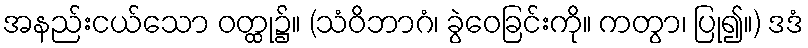
အနည်းငယ်သော ဝတ္ထု၌။ (သံဝိဘာဂံ၊ ခွဲဝေခြင်းကို။ ကတွာ၊ ပြု၍။) ဒဒံ